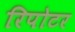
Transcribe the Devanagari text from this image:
रिपोटर